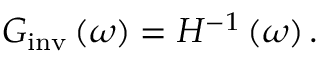
G _ { \mathrm { i n v } } \left( \omega \right) = H ^ { - 1 } \left( \omega \right) .